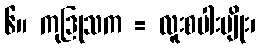
၆။ ကုဒြုသက = လူးစပါးမျိုး၊